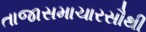
તાજાસમાચારસૌથી